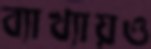
ব্যাখ্যায়ও